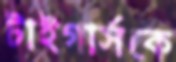
টাইগার্সকে